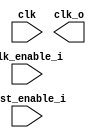
// SPDX-License-Identifier: Apache-2.0
// Copyright (C) 2019 Intel Corporation. 
//****************************************************************************************
// (C) 2011 Altera Corporation. .
//
//****************************************************************************************
//-----------------------------------------------------------------------------
//  Gated-clock cell model
//-----------------------------------------------------------------------------


module altr_hps_te_clkgate (
  clk,
  clk_enable_i,
  test_enable_i,
  clk_o
  );

input clk;
input clk_enable_i;
input test_enable_i;

output clk_o;

reg clk_enable_lat;

`ifdef ALTR_HPS_INTEL_MACROS_OFF
always @ (clk or clk_enable_i)
  begin
    if (~clk)
      clk_enable_lat <= clk_enable_i;
  end

assign clk_o = clk & clk_enable_lat;

`else

`endif
endmodule